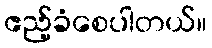
ဧည့်ခံစေပါတယ်။